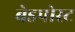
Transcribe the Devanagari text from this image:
बेडपोस्ट